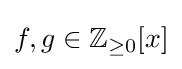
f,g\in \mathbb {Z} _{\geq 0}[x]